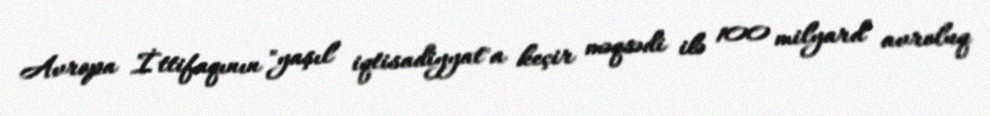
Avropa İttifaqının "yaşıl iqtisadiyyat"a keçir məqsədi ilə 100 milyard avroluq